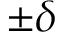
\pm \delta